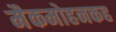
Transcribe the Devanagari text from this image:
मैकमोहनकह